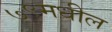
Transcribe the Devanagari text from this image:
७९मधील